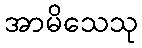
အာမိသေသု